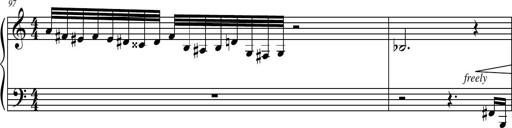
Title: Petite Sonatine
Composer: Richard St. Clair